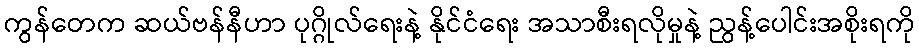
ကွန်တေက ဆယ်ဗန်နီဟာ ပုဂ္ဂိုလ်ရေးနဲ့ နိုင်ငံရေး အသာစီးရလိုမှုနဲ့ ညွန့်ပေါင်းအစိုးရကို